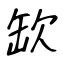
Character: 缼